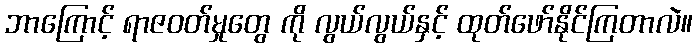
ဘာကြောင့် ရာဇဝတ်မှုတွေ ကို လွယ်လွယ်နှင့် ထုတ်ဖော်နိုင်ကြတာလဲ။